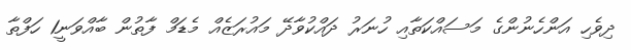
ދިވެހި އަންހެނުންގެ މަސައްކަތާއި ހުނަރު ދައްކުވާދޭ މައުރަޒެއް މެޑަމް ފާތުން ބާއްވަނީ1 ހަފްތާ